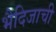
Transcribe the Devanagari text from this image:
भैदिजाची